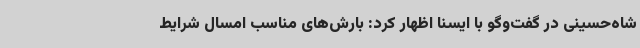
شاه‌حسینی در گفت‌وگو با ایسنا اظهار کرد: بارش‌های مناسب امسال شرایط